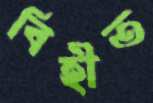
বিহীত